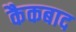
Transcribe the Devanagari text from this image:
कैकबाद